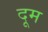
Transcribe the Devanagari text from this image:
दूूम